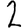
Digit: 2